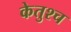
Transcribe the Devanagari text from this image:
केतुश्च